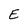
Character: E